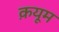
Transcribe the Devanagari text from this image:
क़यूम